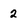
Character: 2